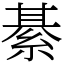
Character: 綦